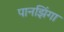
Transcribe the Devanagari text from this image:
पानझिंगा